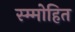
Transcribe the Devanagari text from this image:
स्म्मोहित